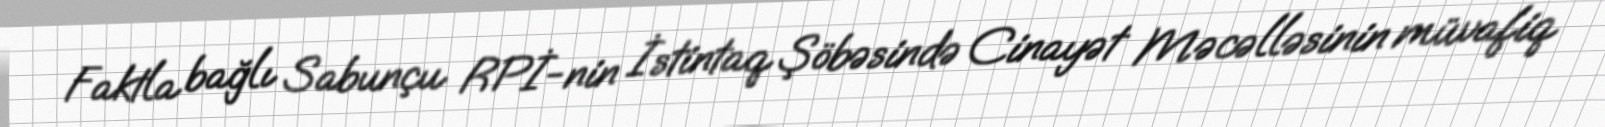
Faktla bağlı Sabunçu RPİ-nin İstintaq Şöbəsində Cinayət Məcəlləsinin müvafiq